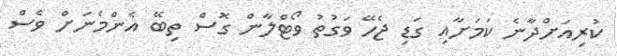
ކުރިއަށްދާނެ ކަމަށާއި ގަޑި ޖެހޭ ވަގުތު ވޯޓްލާން ގޮސް ތިބޭ އެންމެނަށް ވެސް